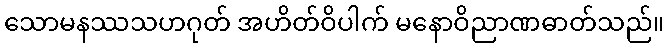
သောမနဿသဟဂုတ် အဟိတ်ဝိပါက် မနောဝိညာဏဓာတ်သည်။